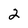
Character: 2